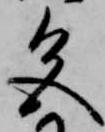
色